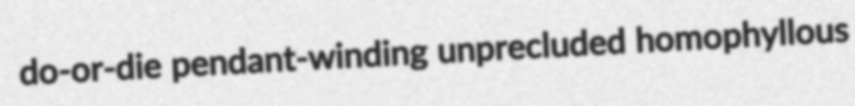
do-or-die pendant-winding unprecluded homophyllous